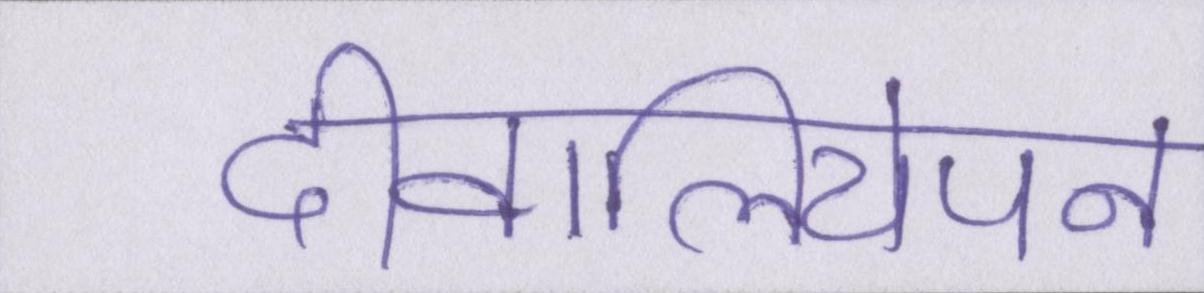
दीवालियेपन